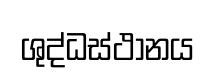
ශුද්ධස්ථානය